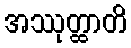
အဿုတ္ထာတိ